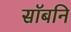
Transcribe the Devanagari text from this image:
सॉबनि